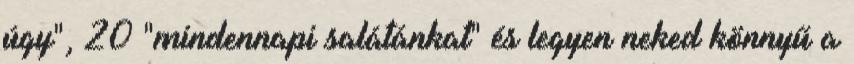
úgy", 20 "mindennapi salátánkat" és legyen neked könnyű a